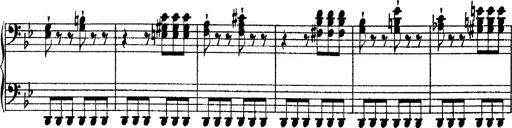
Title: 2 KonzertetÃ¼den
Composer: Franz Liszt